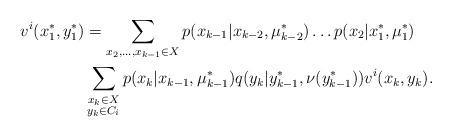
LaTeX: \begin{align*}v^i(x_1^\ast,y_1^\ast) &= \sum\limits_{x_2,\dots,x_{k-1}\in X} p(x_{k-1}|x_{k-2},\mu_{k-2}^\ast)\dots p(x_2|x_1^\ast,\mu_1^\ast)\\&\sum\limits_{\substack{x_k\in X\\ y_k\in C_i}} p(x_k|x_{k-1},\mu_{k-1}^\ast) q(y_k|y_{k-1}^\ast,\nu(y_{k-1}^\ast))v^i(x_k,y_k).\end{align*}